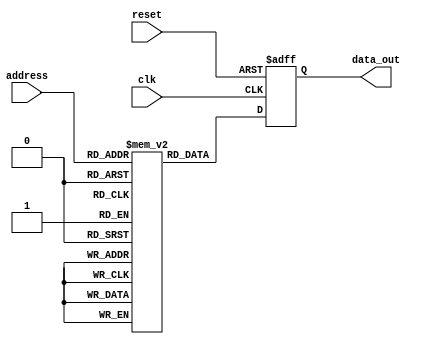
module AntiFuseROM (
    input wire clk,
    input wire reset,
    input wire [7:0] address,
    output reg [7:0] data_out
);

// Define memory blocks with anti-fuse elements
reg [7:0] memory_block [0:255];

// Address decoding logic to access memory blocks
always @ (posedge clk or posedge reset) begin
    if (reset) begin
        data_out <= 8'b0;
    end else begin
        data_out <= memory_block[address];
    end
end

endmodule